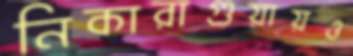
নিকারাগুয়ায়ও